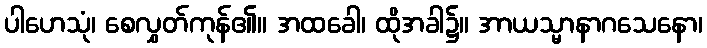
ပါဟေသုံ၊ စေလွှတ်ကုန်၏။ အထခေါ၊ ထိုအခါ၌။ အာယသ္မာနာဂသေနော၊